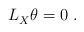
LaTeX: \begin{align*} L_X^{} \theta = 0~.\end{align*}